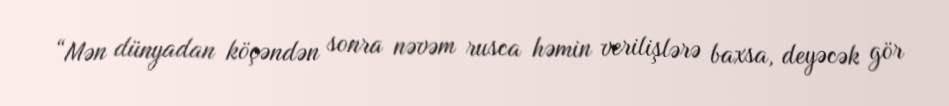
“Mən dünyadan köçəndən sonra nəvəm rusca həmin verilişlərə baxsa, deyəcək gör